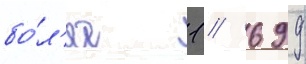
бо́л'ее 1 / 699